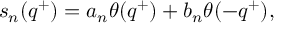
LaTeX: s _ { n } ( q ^ { + } ) = a _ { n } \theta ( q ^ { + } ) + b _ { n } \theta ( - q ^ { + } ) ,